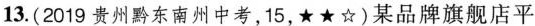
13.(2019贵州黔东南州中考，15，★★☆)某品牌旗舰店平